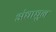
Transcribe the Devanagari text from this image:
अंधाधुन